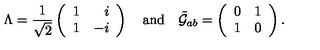
\Lambda = { \frac { 1 } { \sqrt { 2 } } } \left( \begin{array} { r r } { 1 } & { i } \\ { 1 } & { - i } \\ \end{array} \right) \quad \mathrm { { a n d } } \quad \tilde { { \cal G } } _ { a b } = \left( \begin{array} { c c } { 0 } & { 1 } \\ { 1 } & { 0 } \\ \end{array} \right) .